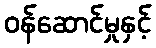
ဝန်ဆောင်မှုနှင့်